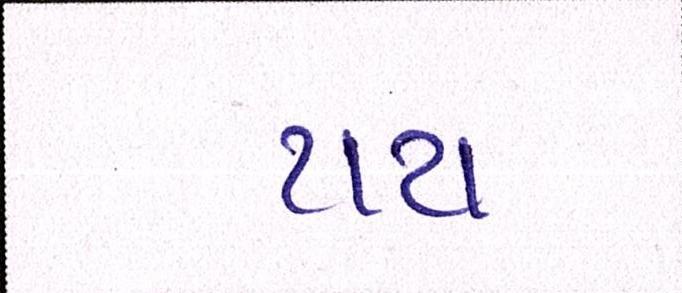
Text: ટાટા